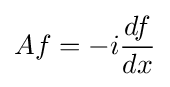
Af=-i{\frac {df}{dx}}